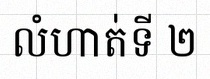
លំហាត់ទី ២